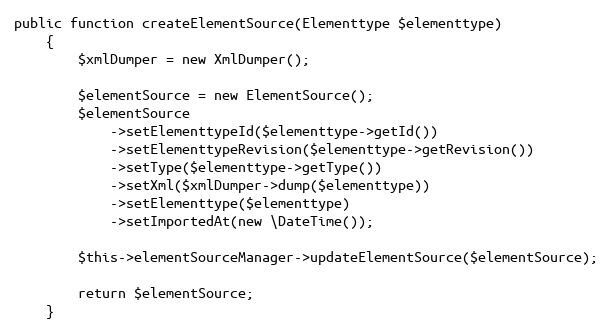
Language: PHP
public function createElementSource(Elementtype $elementtype)
    {
        $xmlDumper = new XmlDumper();

        $elementSource = new ElementSource();
        $elementSource
            ->setElementtypeId($elementtype->getId())
            ->setElementtypeRevision($elementtype->getRevision())
            ->setType($elementtype->getType())
            ->setXml($xmlDumper->dump($elementtype))
            ->setElementtype($elementtype)
            ->setImportedAt(new \DateTime());

        $this->elementSourceManager->updateElementSource($elementSource);

        return $elementSource;
    }